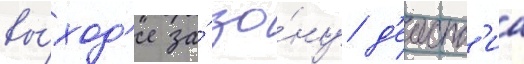
вы́ход'е за́ зо́ну д'еиств'иа